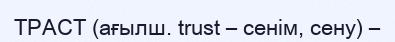
ТРАСТ (ағылш. trust – сенім, сену) –